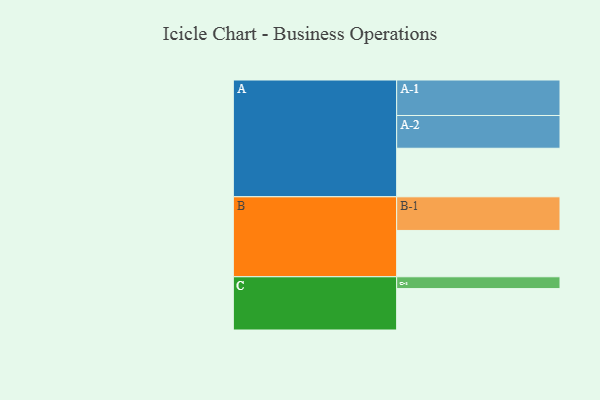
{"axis": {"x": "Segment", "y": "Value"}, "legend": ["", "A", "B", "C"], "data": [{"x": "A", "y": 394, "type": ""}, {"x": "B", "y": 376, "type": ""}, {"x": "C", "y": 336, "type": ""}, {"x": "A-1", "y": 288, "type": "A"}, {"x": "A-2", "y": 266, "type": "A"}, {"x": "B-1", "y": 273, "type": "B"}, {"x": "C-1", "y": 96, "type": "C"}]}